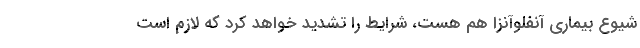
شیوع بیماری آنفلوآنزا هم هست، شرایط را تشدید خواهد کرد که لازم است